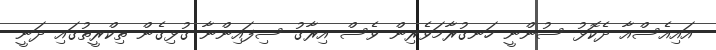
އައިއެސްއާ ދެކޮޅު ސުންނީ ހަނގުރާމަވެރިން ވެސް އިރާގު ސިފައިންނާ ގުޅިގެން ތިކްރީތުގައި ދަނީ